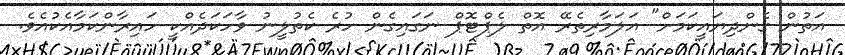
އަތުން ގެންދިޔައީކަމަށް" އަލަމާރިތެރޭ އޮތް ލެޕްޓޮޕް ނަގައިގެން ހުރެ ކެތުލީނު ވާހަކަދެއްކީ ހައިރާންކަމާއެކުއެވެ.